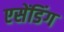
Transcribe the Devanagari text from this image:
एसेंडिंग